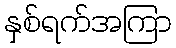
နှစ်ရက်အကြာ